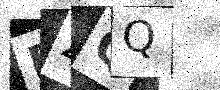
Text: PZQQ